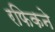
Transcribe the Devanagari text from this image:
रफिकने